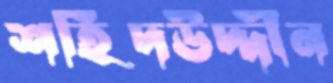
শহিদউদ্দীন